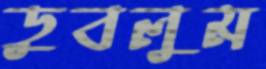
ডুবলুম